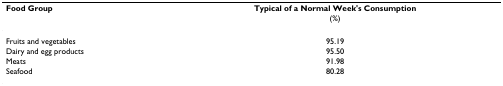
<table><thead><tr><td><b>Food Group</b></td><td><b>Typical of a Normal Week&#x27;s Consumption</b></td></tr><tr><td></td><td><b>(%)</b></td></tr></thead><tbody><tr><td>Fruits and vegetables</td><td>95.19</td></tr><tr><td>Dairy and egg products</td><td>95.50</td></tr><tr><td>Meats</td><td>91.98</td></tr><tr><td>Seafood</td><td>80.28</td></tr></tbody></table>